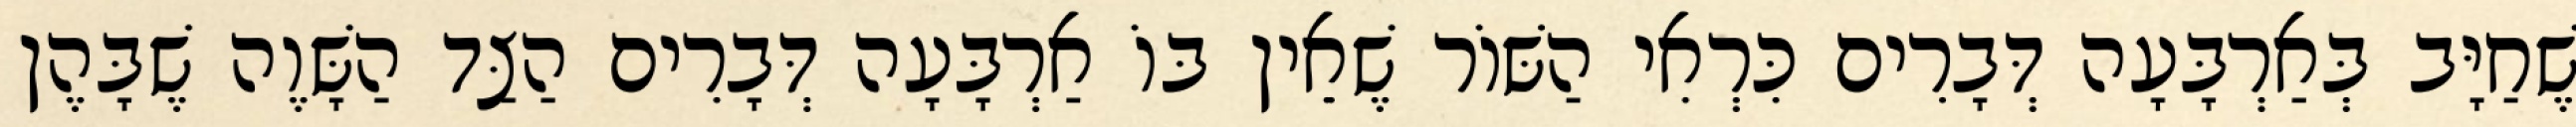
שֶׁחַיָּב בְּאַרְבָּעָה דְּבָרִים כִּרְאִי הַשּׁוֹר שֶׁאֵין בּוֹ אַרְבָּעָה דְּבָרִים הַצַּד הַשָּׁוֶה שֶׁבָּהֶן